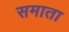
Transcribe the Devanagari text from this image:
समाता